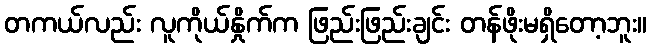
တကယ်လည်း လူကိုယ်နှိုက်က ဖြည်းဖြည်းချင်း တန်ဖိုးမရှိတော့ဘူး။